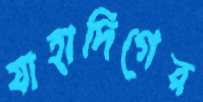
যাহাদিগের